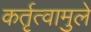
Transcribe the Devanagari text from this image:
कर्तृत्वामुले